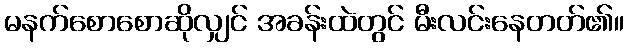
မနက်စောစောဆိုလျှင် အခန်းထဲတွင် မီးလင်းနေတတ်၏။